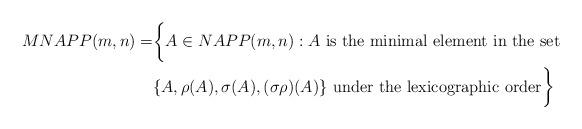
LaTeX: \begin{align*}MNAPP(m,n) = &\biggl\{ A \in NAPP(m,n) : A \mbox{ is the minimal element in the set } \\ &\{ A, \rho(A), \sigma(A), (\sigma\rho)(A) \} \mbox{ under the lexicographic order}\biggr\}\end{align*}